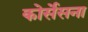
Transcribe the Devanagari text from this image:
कोर्सेसना